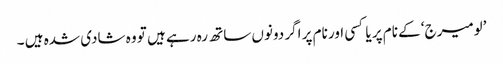
’لومیرج‘ کے نام پر یا کسی اور نام پر اگر دونوں ساتھ رہ رہے ہیں تو وہ شادی شدہ ہیں ۔